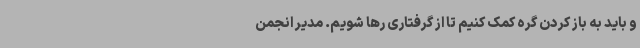
و باید به باز کردن گره کمک کنیم تا از گرفتاری رها شویم. مدیر انجمن